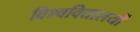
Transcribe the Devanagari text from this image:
विश्‍वविद्यालयों